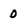
Character: 0